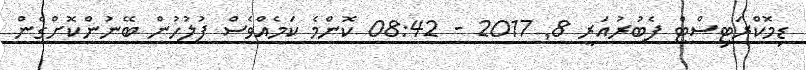
ޑިމޮކްރަޓިސްޓް ފެބުރުއަރީ 8